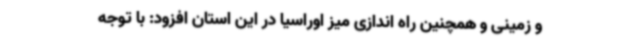
و زمینی و همچنین راه اندازی میز اوراسیا در این استان افزود: با توجه